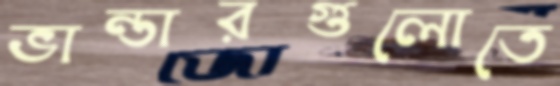
ভান্ডারগুলোতে